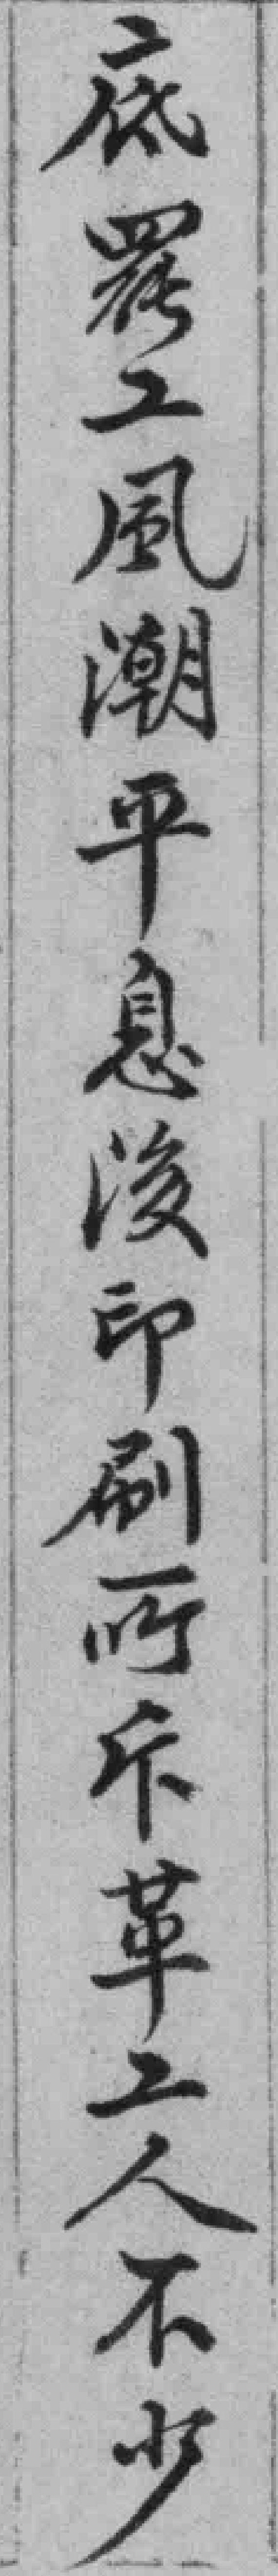
底罷工風潮平息后印刷所斥革工人不少